Annual report of the Punjab Veterinary College and of the Civil Veterinary Department, Punjab - 1894-1908
Year: 1894
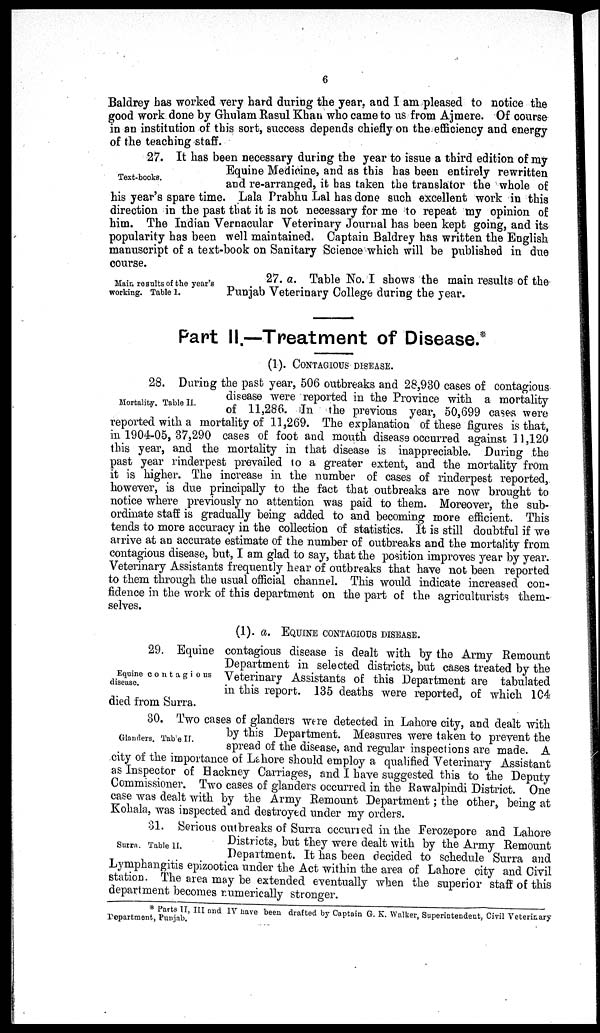
6
Baldrey has worked very hard during the year, and I am pleased to notice the
good work done by Ghulam Rasul Khan who came to us from Ajmere. Of course
in an institution of this sort, success depends chiefly on the efficiency and energy
of the teaching staff.
Text-books.
27. It has been necessary during the year to issue a third edition of my
Equine Medicine, and as this has been entirely rewritten
and re-arranged, it has taken the translator the whole of
his year's spare time. Lala Prabhu Lal has done such excellent work in this
direction in the past that it is not necessary for me to repeat my opinion of
him. The Indian Vernacular Veterinary Journal has been kept going, and its
popularity has been well maintained. Captain Baldrey has written the English
manuscript of a text-book on Sanitary Science which will be published in due
course.
Main results of the year's
working. Table 1.
27. a. Table No. I shows the main results of the
Punjab Veterinary College during the year.
Part II.—Treatment of Disease.*
(1). CONTAGIOUS DISEASE.
Mortality. Table II.
28. During the past year, 506 outbreaks and 28,930 cases of contagious
disease were reported in the Province with a mortality
of 11,286. In the previous year, 50,699 cases were
reported with a mortality of 11,269. The explanation of these figures is that,
in 1904-05, 37,290 cases of foot and mouth disease occurred against 11,120
this year, and the mortality in that disease is inappreciable. During the
past year rinderpest prevailed to a greater extent, and the mortality from
it is higher. The increase in the number of cases of rinderpest reported,
however, is due principally to the fact that outbreaks are now brought to
notice where previously no attention was paid to them. Moreover, the sub-
ordinate staff is gradually being added to and becoming more efficient. This
tends to more accuracy in the collection of statistics. It is still doubtful if we
arrive at an accurate estimate of the number of outbreaks and the mortality from
contagious disease, but, I am glad to say, that the position improves year by year.
Veterinary Assistants frequently hear of outbreaks that have not been reported
to them through the usual official channel. This would indicate increased con-
fidence in the work of this department on the part of the agriculturists them-
selves.
(1). a. EQUNIES CONTAGIOUS DISEASE.
Equine contagious
disease.
29. Equine contagious disease is dealt with by the Army Remount
Department in selected districts, but cases treated by the
Veterinary Assistants of this Department are tabulated
in this report. 135 deaths were reported, of which 104
died from Surra.
Glanders. Table II.
30. Two cases of glanders were detected in Lahore city, and dealt with
by this Department. Measures were taken to prevent the
spread of the disease, and regular inspections are made. A
city of the importance of Lahore should employ a qualified Veterinary Assistant
as Inspector of Hackney Carriages, and I have suggested this to the Deputy
Commissioner. Two cases of glanders occurred in the Rawalpindi District. One
case was dealt with by the Army Remount Department ; the other, being at
Kohala, was inspected and destroyed under my orders.
Surra. Table II.
31. Serious outbreaks of Surra occurred in the Ferozepore and Lahore
Districts, but they were dealt with by the Army Remount
Department. It has been decided to schedule Surra and
Lymphangitis epizootica under the Act within the area of Lahore city and Civil
station. The area may be extended eventually when the superior staff of this
department becomes numerically stronger.
* Parts II, III and IV have been drafted by Captain G. K. Walker, Superintendent, Civil Veterinary
Department, Punjab.